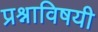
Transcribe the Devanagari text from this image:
प्रश्नाविषयी